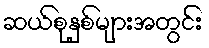
ဆယ်စုနှစ်များအတွင်း